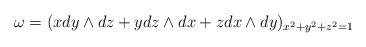
LaTeX: \begin{align*}\omega=(xdy\wedge dz+ydz\wedge dx+zdx\wedge dy)_{x^{2}+y^{2}+z^{2}=1}\end{align*}